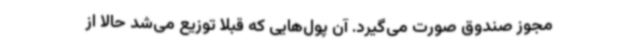
مجوز صندوق صورت می‌گیرد. آن پول‌هایی که قبلاً توزیع می‌شد حالا از